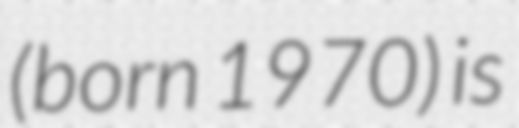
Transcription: (born 1970) is